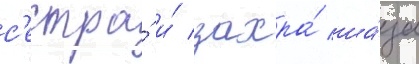
с'естра́ и́ захра́ ша́ц